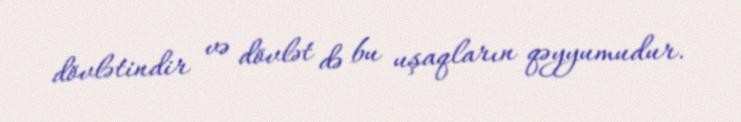
dövlətindir və dövlət də bu uşaqların qəyyumudur.